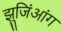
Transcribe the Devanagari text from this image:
झुजिंआंग